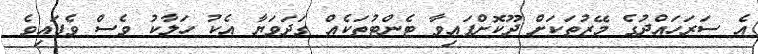
އެ ސަރަހައްދުގެ މޭޒުތަކަށް ދޫކޮށްފައިވާ ޓެންޓުތަކެއް ގަދަވަޔާ އެކު ހަލާކު ވެސް ވެފައިވެ